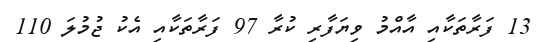
13 ފަރާތަކާއި އާއްމު ވިޔަފާރި ކުރާ 97 ފަރާތަކާއި އެކު ޖުމުލަ 110